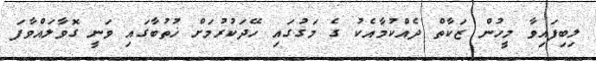
ލިބިފައިވާ މީހުން ޒަކާތް ދެއްކުމާއެކު ގެ މަގުގައި ހޭދަކުރުމަށް ޚުތުބާގައި ވަނީ ގޮވާލައްވާފަ